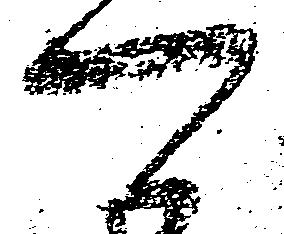
可